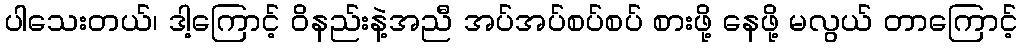
ပါသေးတယ်၊ ဒါ့ကြောင့် ဝိနည်းနဲ့အညီ အပ်အပ်စပ်စပ် စားဖို့ နေဖို့ မလွယ် တာကြောင့်